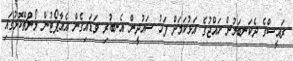
ރައީސްގެ ދެކަނބަލުން ހައްޖުގެ އަޅުކަމަށް ފަހު ސައުދީން އެނބުރި ވަޑައިގެން އެއާޕޯޓުން ލޯންޗްކޮޅުގައި